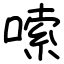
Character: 嗦